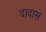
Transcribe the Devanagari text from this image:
दादास